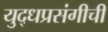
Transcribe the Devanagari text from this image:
युद्धप्रसंगीची